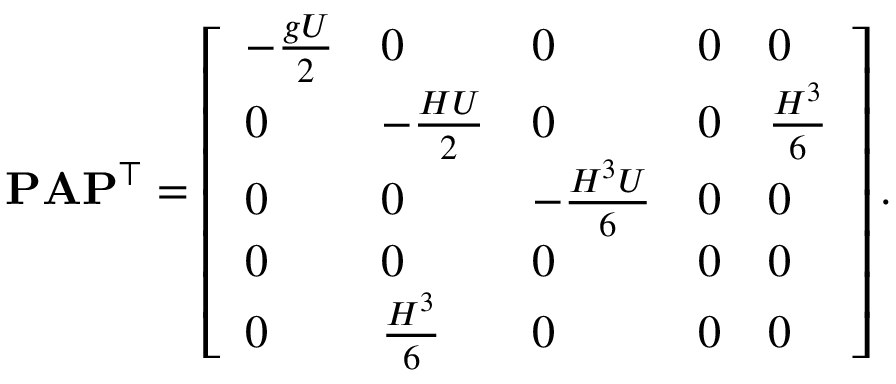
\mathbf { P } \mathbf { A } \mathbf { P } ^ { \top } = \left[ \begin{array} { l l l l l } { - \frac { g U } { 2 } } & { 0 } & { 0 } & { 0 } & { 0 } \\ { 0 } & { - \frac { H U } { 2 } } & { 0 } & { 0 } & { \frac { H ^ { 3 } } { 6 } } \\ { 0 } & { 0 } & { - \frac { H ^ { 3 } U } { 6 } } & { 0 } & { 0 } \\ { 0 } & { 0 } & { 0 } & { 0 } & { 0 } \\ { 0 } & { \frac { H ^ { 3 } } { 6 } } & { 0 } & { 0 } & { 0 } \end{array} \right] .